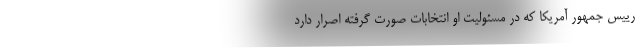
رییس جمهور آمریکا که در مسئولیت او انتخابات صورت گرفته اصرار دارد